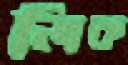
লিক